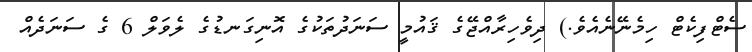
ސެޓްފިކެޓް ހިމެނޭނެއެވެ.) ދިވެހިރާއްޖޭގެ ޤައުމީ ސަނަދުތަކުގެ އޮނިގަނޑުގެ ލެވަލް 6 ގެ ސަނަދެއް